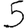
Digit: 5